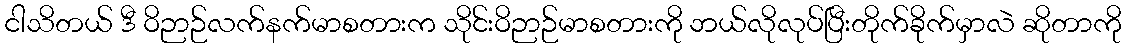
ငါသိတယ် ဒီ ဝိဉာဉ်လက်နက်မာစတားက သိုင်းဝိဉာဉ်မာစတားကို ဘယ်လိုလုပ်ပြီးတိုက်ခိုက်မှာလဲ ဆိုတာကို